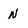
Character: N